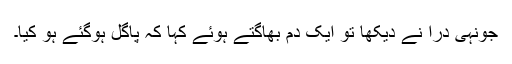
جونہی درا نے دیکھا تو ایک دم بھاگتے ہوئے کہا کہ پاگل ہوگئے ہو کیا۔